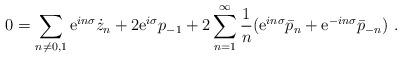
LaTeX: \begin{align*}0=\sum_{n\neq 0,1}{\rm e}^{in\sigma}\dot z_n+2{\rm e}^{i\sigma}p_{-1}+2\sum_{n=1}^\infty {1 \over n}({\rm e}^{in\sigma}\bar p_n +{\rm e}^{-in\sigma}\bar p_{-n})\ .\end{align*}